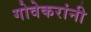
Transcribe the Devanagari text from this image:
गोवेकरांनी